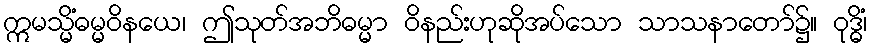
ဣမသ္မိံဓမ္မဝိနယေ၊ ဤသုတ်အဘိဓမ္မာ ဝိနည်းဟုဆိုအပ်သော သာသနာတော်၌။ ဝုဒ္ဓိံ၊